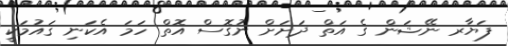
ފަޔާރ ނޭޝަން ގެ އަތް ދަށަށް ނުގޮސް އޮތް ހަމަ އެކަނި ޤައުމަކީ